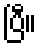
ပြီ။